Report on sanitation, dispensaries, and jails in Rajputana for 1921, and on vaccination for the year 1921-1922 - 1921-1922
Year: 1921
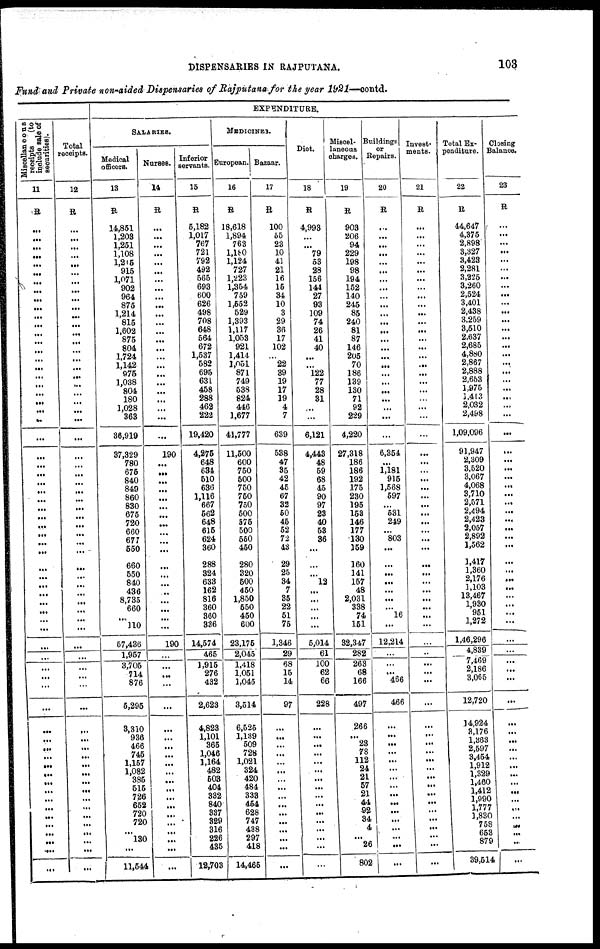
DISPENSARIES IN RAJPUTANA.
103
Fund and Private non-aided Dispensaries of Rajputana for the year 1921—contd.
M
iscellaneous
receipts
(to
include sale of
securities).
11
R
...
...
...
...
...
...
... ...
...
...
...
...
...
...
...
...
...
...
...
...
...
...
...
...
...
...
...
...
...
...
...
...
...
...
...
...
...
...
...
...
...
...
...
...
...
...
...
...
...
...
...
...
...
...
...
...
...
...
...
...
...
...
...
...
...
...
Total
receipts.
12
R
...
...
...
...
...
...
...
...
...
...
...
...
...
...
...
...
...
...
...
...
...
...
...
...
...
...
...
...
...
...
...
...
...
...
...
...
...
...
...
...
...
...
...
...
...
...
...
...
...
...
...
...
...
...
...
...
...
...
...
...
...
...
...
...
...
...
EXPENDITURE.
SALARIES.
Medical
officers.
13
R
14,851
1,208
1,251
1,108
1,215
915
1,071
902
964
875
1,214
815
1,602
875
804
1,724
1,142
975
1,038
804
180
1,028
363
36,919
37,329
780
675
840
849
860
830
675
720
660
677
550
660
550
840
436
8,735
660
...
110
57,436
1,957
3,705
714
876
6,295
3,310
936
466
745
1,157
1,082
385
515
726
652
720
720
...
130
...
11,544
Nurses.
14
R
...
...
...
...
...
...
...
...
...
...
...
...
...
...
...
...
...
...
...
...
...
...
...
...
190
...
...
...
...
...
...
...
...
...
...
...
...
...
...
...
...
...
...
...
190
...
...
...
...
...
...
...
...
...
...
...
...
...
...
...
...
...
...
...
...
...
Inferior
servants.
15
R
5,182
1,017
767
721
792
492
565
693
600
626
498
708
648
564
672
1,537
582
695
631
458
288
462
222
19,420
4,275
648
634
510
636
1,116
667
562
648
615
624
360
288
324
633
162
816
360
360
336
14,574
465
1,915
276
432
2,623
4,823
1,101
365
1,046
1,164
482
503
404
332
840
337
329
316
226
435
12,703
MEDICINES.
European.
16
R
18,618
1,894
763
1,180
1,124
727
1,223
1,354
759
1,552
529
1,393
1,117
1,053
921
1,414
1,051
871
749
538
824
446
1,677
41,777
11,500
600
750
500
750
750
750
500
575
500
550
450
280
320
500
450
1,850
550
450
600
23,175
2,045
1,418
1,051
1,045
3,514
6,525
1,189
509
728
1,021
324
420
484
338
454
628
747
438
297
418
14,465
Bazaar.
17
R
100
55
23
10
41
21
16
15
34
10
3
29
36
17
102
...
22
39
19
17
19
4
7
639
538
47
35
42
45
67
32
50
45
52
72
43
29
25
34
7
35
22
51
75
1,346
29
68
15
14
97
...
...
...
...
...
...
...
...
...
...
...
...
...
...
...
...
Diet.
18
R
4,993
...
...
79
53
28
156
144
27
93
109
74
26
41
40
...
...
122
77
28
31
...
...
6,121
4,443
48
59
68
45
90
97
23
40
53
36
...
...
...
12
...
...
...
...
...
5,014
61
100
62
66
228
...
...
...
...
...
...
...
...
...
...
...
...
...
...
...
...
Miscel-
laneous
charges.
19
R
908
206
94
229
198
98
194
152
140
245
85
240
81
87
146
205
70
186
139
130
71
92
229
4,220
27,318
186
186
192
175
230
195
153
146
177
130
159
160
141
157
48
2,031
338
74
151
32,347
282
263
68
166
497
266
...
23
78
112
24
21
57
21
44
92
34
4
...
26
802
Buildings
or
Repairs.
20
R
...
...
...
...
...
...
...
...
...
...
...
...
...
...
...
...
...
...
...
...
...
...
...
...
6,354
...
1,181
915
1,568
597
...
531
249
...
803
...
...
...
...
...
...
...
16
...
12,214
...
...
...
466
466
...
...
...
...
...
...
...
...
...
...
...
...
...
...
...
...
Invest-
ments.
21
R
...
...
...
...
...
...
...
...
...
...
...
...
...
...
...
...
...
...
...
...
...
...
...
...
...
...
...
...
...
...
...
...
...
...
...
...
...
...
...
...
...
...
...
...
...
...
...
...
...
...
...
...
...
...
...
...
...
...
...
...
...
...
...
...
...
...
Total Ex-
penditure.
22
R
44,647
4,375
2,898
3,327
3,423
2,281
3,225
3,260
2,524
3,401
2,438
3,259
3,510
2,637
2,685
4,880
2,867
2,888
2,653
1,975
1,413
2,032
2,498
1,09,096
91,947
2,309
3,520
3,067
4,068
3,710
2,571
2,494
2,423
2,057
2,892
1,562
1,417
1,360
2,176
1,103
13,467
1,930
951
1,272
1,46,296
4,839
7,469
2,186
3,065
12,720
14,924
3,176
1,363
2,597
3,454
1,912
1,329
1,460
1,412
1,990
1,777
1,830
758
653
879
39,514
Closing
Balance.
23
R
...
...
...
...
...
...
...
...
...
...
...
...
...
...
...
...
...
...
...
...
...
...
...
...
...
...
...
...
...
...
...
...
...
...
...
...
...
...
...
...
...
...
...
...
...
...
...
...
...
...
...
...
...
...
...
...
...
...
...
...
...
...
...
...
...
...